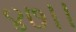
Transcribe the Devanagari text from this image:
४७।।